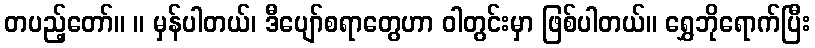
တပည့်တော်။ ။ မှန်ပါတယ်၊ ဒီပျော်စရာတွေဟာ ဝါတွင်းမှာ ဖြစ်ပါတယ်။ ရွှေဘိုရောက်ပြီး